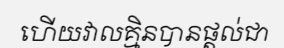
ហើយវាលគ្មិនបានផ្តល់ជា